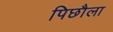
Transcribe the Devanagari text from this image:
पिछौला